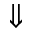
\Downarrow